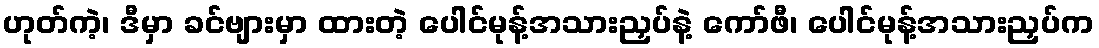
ဟုတ်ကဲ့၊ ဒီမှာ ခင်ဗျားမှာ ထားတဲ့ ပေါင်မုန့်အသားညှပ်နဲ့ ကော်ဖီ၊ ပေါင်မုန့်အသားညှပ်က